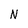
Character: N